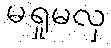
မရှုမလှ